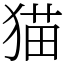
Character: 猫